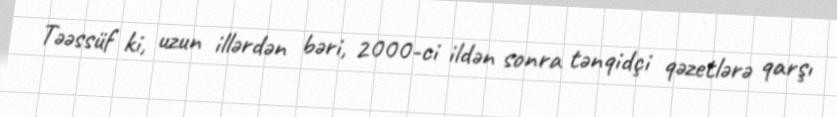
Təəssüf ki, uzun illərdən bəri, 2000-ci ildən sonra tənqidçi qəzetlərə qarşı